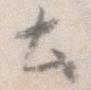
と